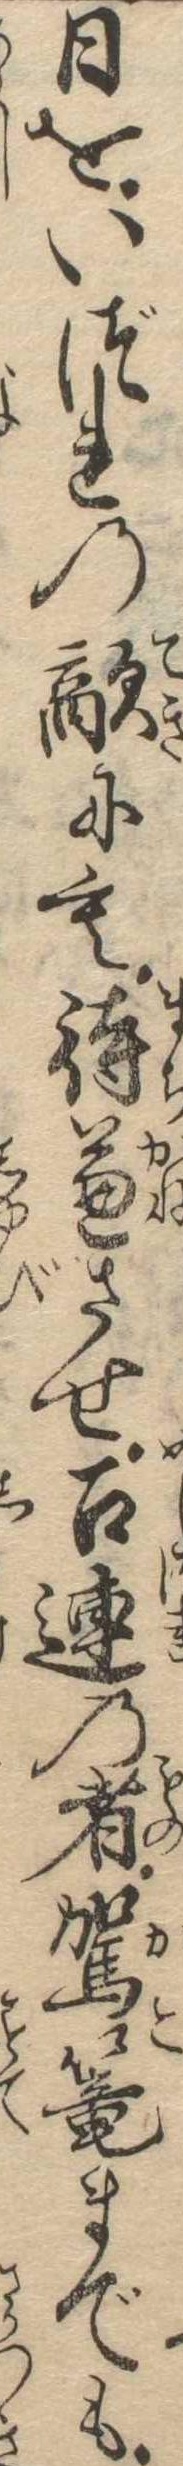
日をいづれの敵にも待兼させ召連の者駕篭までも